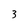
Character: 3